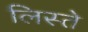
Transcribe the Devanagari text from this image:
लिस्ते